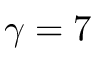
\gamma = 7